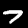
Digit: 7